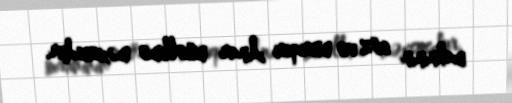
mahnının söz və musiqisi Anar müəllimə məxsusdur.